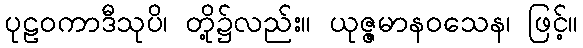
ပုဠဝကာဒီသုပိ၊ တို့၌လည်း။ ယုဇ္ဇမာနဝသေန၊ ဖြင့်။